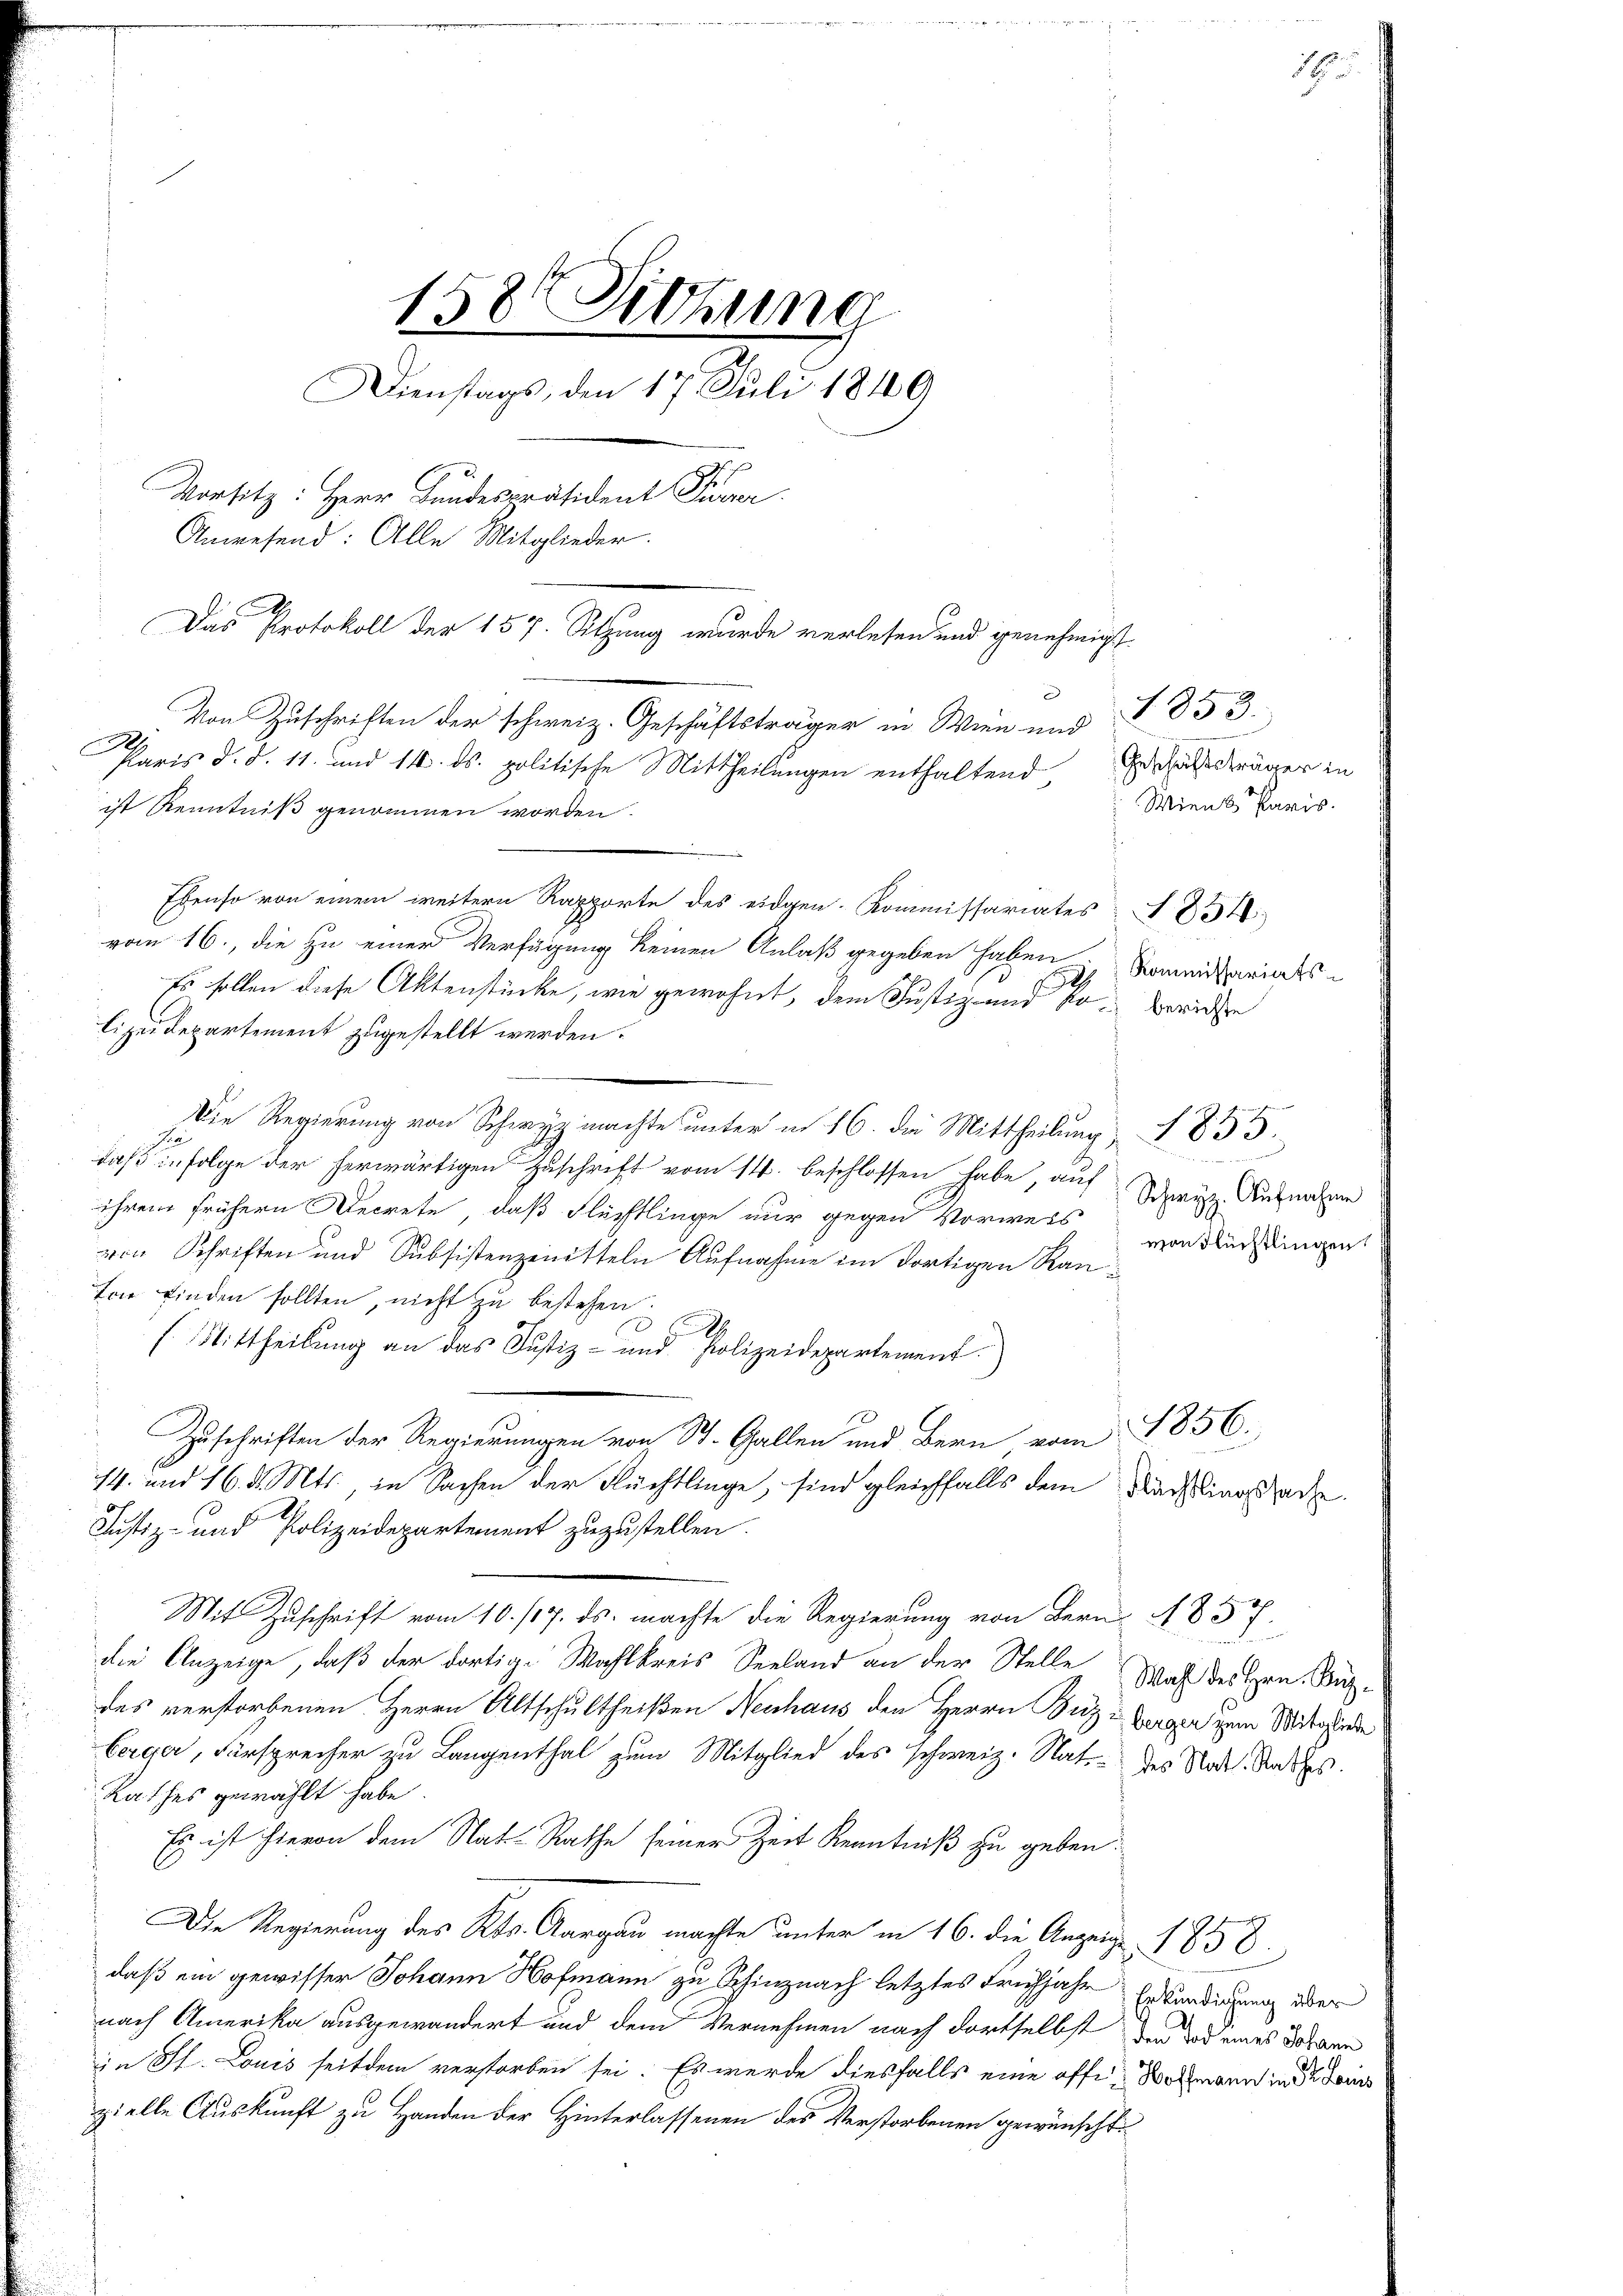
158 Sitzung
Dienstags, den 17. Juli 1849
Vorsitz: Herr Bundespräsident Puver
Anwesend: Alle Mitglieder.
Das Protokoll der 157. Sitzung wurde verlesen und genehmigt
Von Zuschriften der schweiz. Geschäftsträger in Wien und 853.
.
Paris d. d. 11. und 14. ds. politische Mittheilungen enthaltend
ist Kenntniß genommen worden.
Ebenso von einem weitern Rapporte des eidgen. Kommissariates 1854
vom 16., die zu einer Verfügung keinen Anlaß gegeben haben
Es sollen diese Aktenstücke, wie gewohnt, dem Justiz- und so berichte

lizeidepartement zugestellt werden.
Die Regierung von Schwyz machte unter in 16. die Mittheilung 1855.
F
daß infolge der herwärtigen Zuschrift vom 14. beschlossen habe, auf
ihrem frühern Decrete, daß Flüchtlinge nur gegen Vorweis
von Schriften und Subsistenzeitteln Aufnahme im dortigen Ran
ton finden sollten, nicht zu bestehen.
.
(Mittheilung an das Justiz- und Polizeidepartement.)
1856.
Zuschriften der Regierungen von St. Gallen und Bern vom
14. und 16. d. Mts., in Sachen der Flüchtlinge, sind gleichfalls dem Nachlingstade
Justiz- und Polizeidepartement zuzustellen.
Mit Zuschrift vom 10. 117. ds. machte die Regierung von Bern A 857.
die Anzeige, daß der dortige Wahlkreis Seeland an der Stelle Was der Hrn. Nutzdes verstorbenen Herrn Altschultheißen Neuhaus den Herrn Buz Europa zum Mitgliede
berger, Fürsprecher zu Langenthal zum Mitglied des schweiz. Nat. des Stadt Rades.
Rathes gewählt habe
Es ist hievon dem Nat-Rathe seiner Zeit Kenntniß zu geben.
Die Regierung des Kts. Aargau machte unter in 16. die Anzeige 1858.
daß ein gewisser Johann Hofmann zu Schinznach letztes Frühjahr Erkundigung über
nach Amerika ausgewandert und dem Vernehmen nach dortselbst die Tod eines Johann
in St. Louis seitdem verstorben sei. Es werde diesfalls eine offi-Wohmann in der Geis
zielle Auskunft zu Handen der Hinterlassenen des Verstorbenen gewünschti¬

Geschäftsträger in
Wien Paris.

Kommissariats¬

Schwyz. Aufnahme
monFlüchtlingen,

1